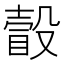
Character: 瞉